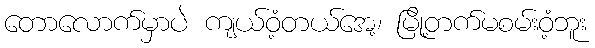
တောလောက်မှာပဲ ကျယ်ဝံ့တယ်အေ့၊ မြို့တက်မစမ်းဝံ့ဘူး